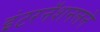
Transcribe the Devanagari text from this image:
इंटरनॅशनलने